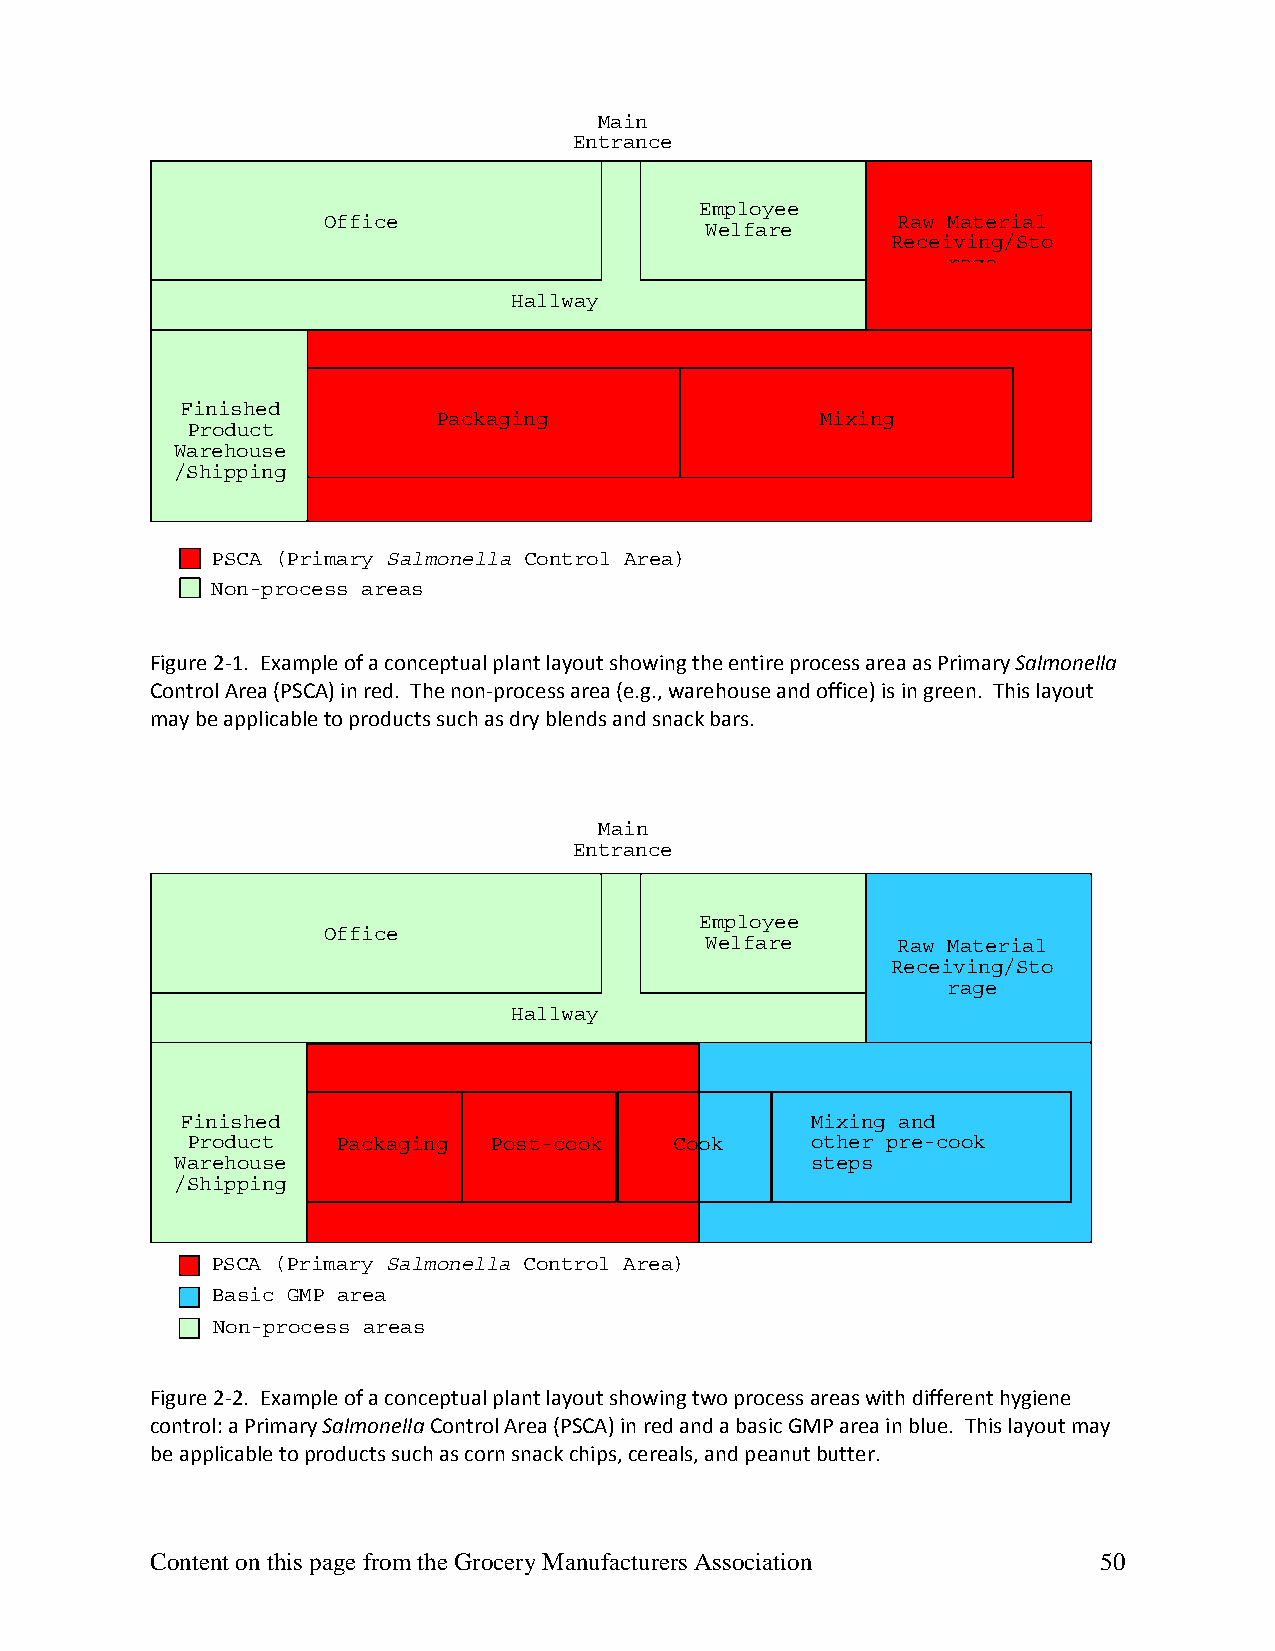
Main
 Entrance
 Employee
 Office                                Raw Material
 Welfare
 Receiving/Sto
 rage
 Hallway
 Finished
 Packaging                Mixing
 Product
 Warehouse
 /Shipping
 PSCA (Primary Salmonella Control Area)
 Non-process areas
 Figure 2‐1. Example of a conceptual plant layout showing the entire process area as Primary Salmonella
 Control Area (PSCA) in red. The non‐process area (e.g., warehouse and office) is in green. This layout
 may be applicable to products such as dry blends and snack bars.
 Main
 Entrance
 Employee
 Office
 Welfare     Raw Material
 Receiving/Sto
 rage
 Hallway
 Finished                                  Mixing and
 Product   Packaging Post-cook    Cook     other pre-cook
 Warehouse                                 steps
 /Shipping
 PSCA (Primary Salmonella Control Area)
 Basic GMP area
 Non-process areas
 Figure 2‐2. Example of a conceptual plant layout showing two process areas with different hygiene
 control: a Primary Salmonella Control Area (PSCA) in red and a basic GMP area in blue. This layout may
 be applicable to products such as corn snack chips, cereals, and peanut butter.
 Content on this page from the Grocery Manufacturers Association 50